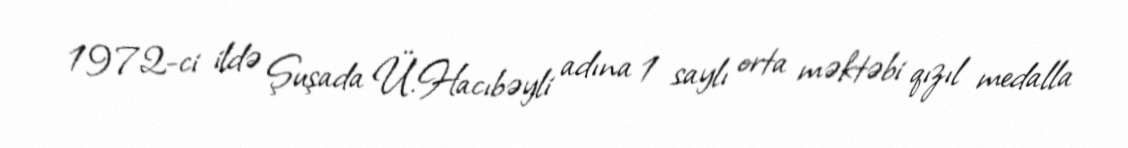
1972-ci ildə Şuşada Ü.Hacıbəyli adına 1 saylı orta məktəbi qızıl medalla